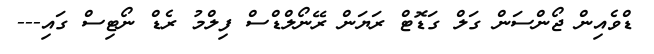
ޑްވެއިން ޖޯންސަން ގަލް ގަޑޮޓް ރަޔަން ރޭނޯލްޑްސް ފިލްމު ރެޑް ނޯޓިސް ގައި---